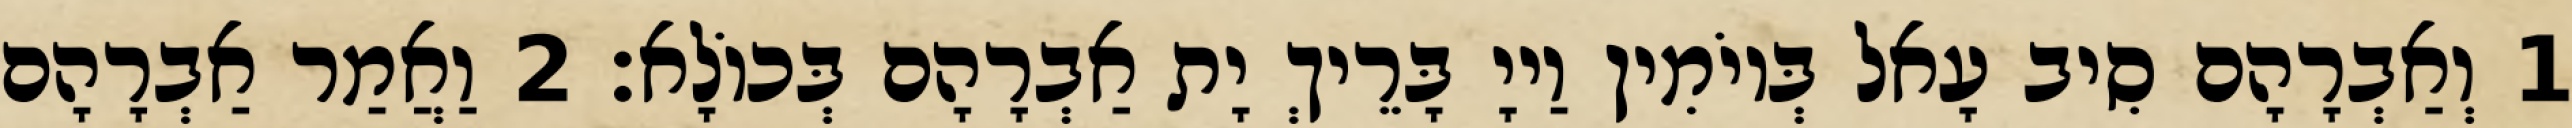
1 וְאַבְרָהָם סִיב עָאל בְּיוֹמִין וַייָ בָּרֵיךְ יָת אַבְרָהָם בְּכוֹלָא׃ 2 וַאֲמַר אַבְרָהָם